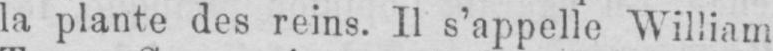
la plante des reins. Il s’appelle William